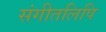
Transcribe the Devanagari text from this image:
संगीतलिपि